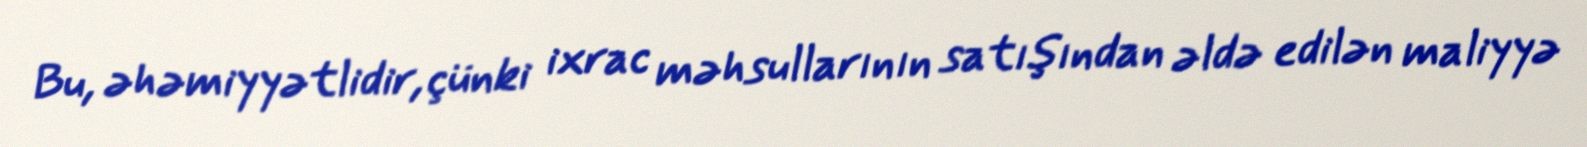
Bu, əhəmiyyətlidir, çünki ixrac məhsullarının satışından əldə edilən maliyyə